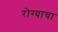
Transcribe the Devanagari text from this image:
रोग्याचा